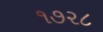
૧૭૨૮